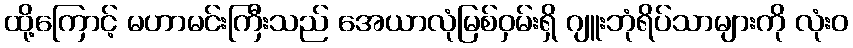
ထို့ကြောင့် မဟာမင်းကြီးသည် အေယာလုံမြစ်ဝှမ်းရှိ ဂျူးဘုံရိပ်သာများကို လုံးဝ